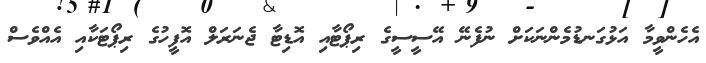
އެހެންވީމާ އަޅުގަނޑުމެންނަކަށް ނުފެނޭ އޭސީސީގެ ރިޕޯޓާއި އޮޑިޓާ ޖެނަރަލް އޮފީހުގެ ރިޕޯޓަކާއި އެއްވެސް